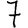
Digit: 7